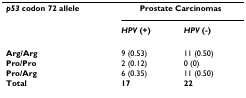
<table><thead><tr><td><b><i>p53 </i>codon 72 allele</b></td><td colspan="2"><b>Prostate Carcinomas</b></td></tr><tr><td></td><td><b><i>HPV </i>(+)</b></td><td><b><i>HPV </i>(-)</b></td></tr></thead><tbody><tr><td><b>Arg/Arg</b></td><td>9 (0.53)</td><td>11 (0.50)</td></tr><tr><td><b>Pro/Pro</b></td><td>2 (0.12)</td><td>0 (0)</td></tr><tr><td><b>Pro/Arg</b></td><td>6 (0.35)</td><td>11 (0.50)</td></tr><tr><td><b>Total</b></td><td><b>17</b></td><td><b>22</b></td></tr></tbody></table>